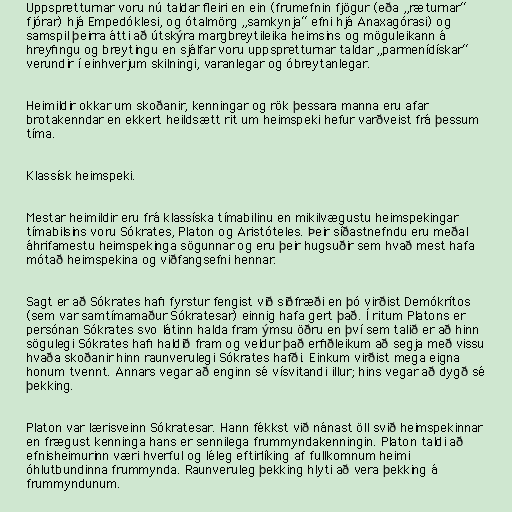
Uppspretturnar voru nú taldar fleiri en ein (frumefnin fjögur (eða „ræturnar“
fjórar) hjá Empedóklesi, og ótalmörg „samkynja“ efni hjá Anaxagórasi) og
samspil þeirra átti að útskýra margbreytileika heimsins og möguleikann á
hreyfingu og breytingu en sjálfar voru uppspretturnar taldar „parmenídískar“
verundir í einhverjum skilningi, varanlegar og óbreytanlegar.

Heimildir okkar um skoðanir, kenningar og rök þessara manna eru afar
brotakenndar en ekkert heildsætt rit um heimspeki hefur varðveist frá þessum
tíma.

Klassísk heimspeki.

Mestar heimildir eru frá klassíska tímabilinu en mikilvægustu heimspekingar
tímabilsins voru Sókrates, Platon og Aristóteles. Þeir síðastnefndu eru meðal
áhrifamestu heimspekinga sögunnar og eru þeir hugsuðir sem hvað mest hafa
mótað heimspekina og viðfangsefni hennar.

Sagt er að Sókrates hafi fyrstur fengist við siðfræði en þó virðist Demókrítos
(sem var samtímamaður Sókratesar) einnig hafa gert það. Í ritum Platons er
persónan Sókrates svo látinn halda fram ýmsu öðru en því sem talið er að hinn
sögulegi Sókrates hafi haldið fram og veldur það erfiðleikum að segja með vissu
hvaða skoðanir hinn raunverulegi Sókrates hafði. Einkum virðist mega eigna
honum tvennt. Annars vegar að enginn sé vísvitandi illur; hins vegar að dygð sé
þekking.

Platon var lærisveinn Sókratesar. Hann fékkst við nánast öll svið heimspekinnar
en frægust kenninga hans er sennilega frummyndakenningin. Platon taldi að
efnisheimurinn væri hverful og léleg eftirlíking af fullkomnum heimi
óhlutbundinna frummynda. Raunveruleg þekking hlyti að vera þekking á
frummyndunum.